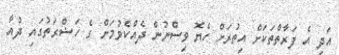
އަދި އެ ފަރާތްތަކަށް އިތުރަށް ހެޔޮ ވިސްނުން ދެއްކެވުމަށް ގެ ހަޟްރަތުގައި ދުއާ